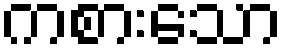
ကစားသော